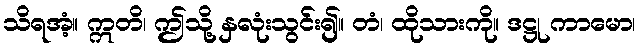
သိရအံ့။ ဣတိ၊ ဤသို့ နှလုံးသွင်း၍။ တံ၊ ထိုသားကို။ ဒဋ္ဌု ကာမော၊